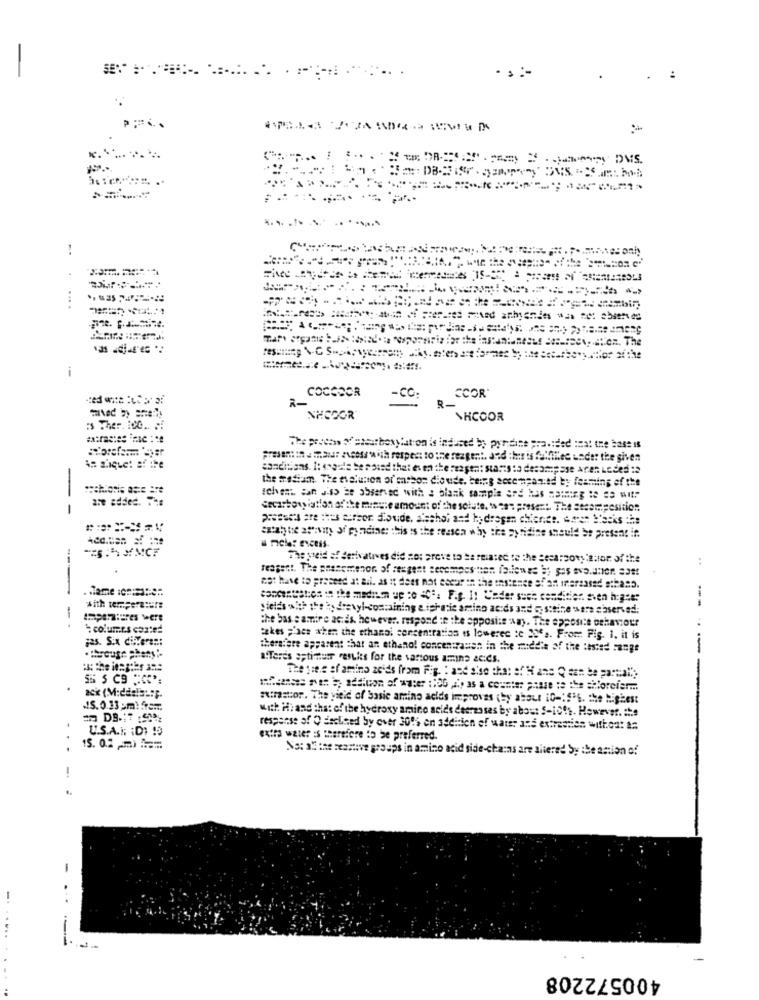
:
. !
COCODOR
R-
-CO:
ECOR
R-
NHCOOR
SHCOOR
:3 Ther. 100 .. .!
The process ofpsarboxylat on is induced bo pyridine provided inat the base is
conditions. 1: ssaale be noted that even the reason: starts to desompase Aren Loded :2
the mediam. The esolution of' msbon dieude. being serempanied by foaming of the
are added. The
telvent aan J.so be observed with a blank sample and has no:meg :e = with
--
cecarbon iation of the minute amount of the solute. were present. The secampesition
prosess are :has author dioude, alsshol and hydrogen chienss. A.est Hacks Às
artathe ativity of pyondine: this is the reason why the pyridine should be present in
The yreid af derivatives did not prove to be related to the Secarsowy:autor of the
reagent. The passemenor of reagent serempes ten followes it gos evo.unter. 23 !!
.siame :C ====- en
est have to present at all. as it does not escur in the instance of an interzased steano.
with temperature
yields with the ky drevyl-containing e ipharie amino acids and Go steine era abserved:
---
ampeintures were
the bas : amire acids. however. respond :e the opposite way. The opposite behaviour
* columns coated
325. Six different
takes ;'ses when the ethanol concentration is lowerec te 23es. From: Fig. 1. it is
therefore apparent that an ethanol concentration in the middle of the tested range
--
· through phensi-
a.Teres optimum results for the various amino acids.
The tree of amino acids from Fig. : asd sise tha: ef H ane Q can be partall,
whensee me: 5; action of water :1OG ,, as a counter pouze te the =Noreler ...
ack (M:ddela:"p.
aurastor. The yield of basic amino acids improves (by about 10-15's. the highest
5. 0.33 pm. 5Em;
with Hi and that of the hydroxy amino acids decreases by about S-ichs. However. the
U.S.A.I. : D: 15
response of O EecLaed by over 300% en addition of water ans extraction withod: &#
extra water is therefore to be preferred.
...
15. 0.2 m) Am
No: al the seastive groups in amino acid side-chains are altered by the action of
-
...
- -
400572208